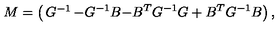
M = \left( \begin{matrix} { G ^ { - 1 } } & { - G ^ { - 1 } B } \\ { - B ^ { T } G ^ { - 1 } } & { G + B ^ { T } G ^ { - 1 } B } \\ \end{matrix} \right) ,